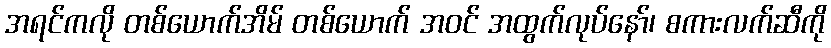
အရင်ကလို တစ်ယောက်အိမ် တစ်ယောက် အဝင် အထွက်လုပ်နော်၊ စကားလက်ဆီကို